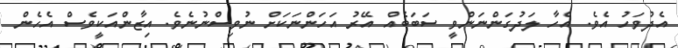
އެދުވަހު އެވެ. އެހާ ލަދުގަންނަންވީ ސަބަބެއް އޭރު އަހަންނަކަށް ނުވިސްނުނެވެ. އިޒާންއަކީވެސް އެހެން